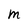
Character: M